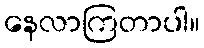
နေလာကြတာပါ။